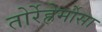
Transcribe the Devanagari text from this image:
तोर्रेह्रेर्मोसा